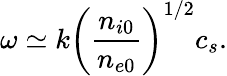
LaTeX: \omega\simeq k\left(\frac{n_{i0}}{n_{e0}}\right)^{1/2}c_{s}.